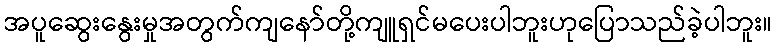
အပူဆွေးနွေးမှုအတွက်ကျနော်တို့ကျူရှင်မပေးပါဘူးဟုပြောသည်ခဲ့ပါဘူး။